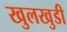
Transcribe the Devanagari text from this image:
खुलखुडी